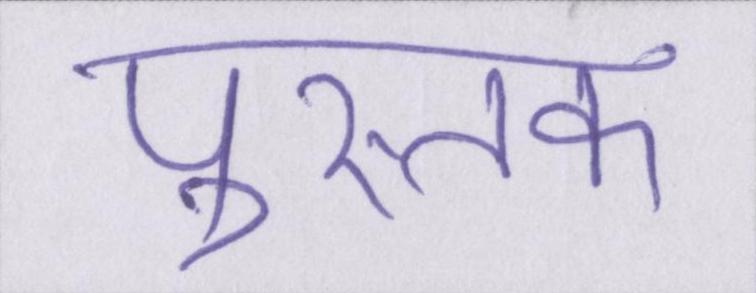
पुस्तक